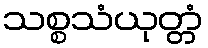
သစ္စသံယုတ္တံ